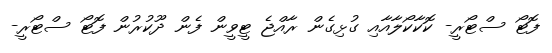
ފޮޓޯ ސްޓޯރީ- ކޮކާކޯލާއާއި ގުޅިގެން ރާއްޖެ ޓީވީން ފެން ދޫކުރުން ފޮޓޯ ސްޓޯރީ-